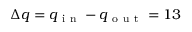
\Delta q = q _ { \mathrm { ~ i ~ n ~ } } - q _ { \mathrm { ~ o ~ u ~ t ~ } } = 1 3